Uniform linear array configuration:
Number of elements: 12
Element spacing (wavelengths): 0.5
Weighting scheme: cosine
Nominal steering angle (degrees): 15
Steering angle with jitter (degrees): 13.517
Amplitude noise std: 0.05
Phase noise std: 0.05

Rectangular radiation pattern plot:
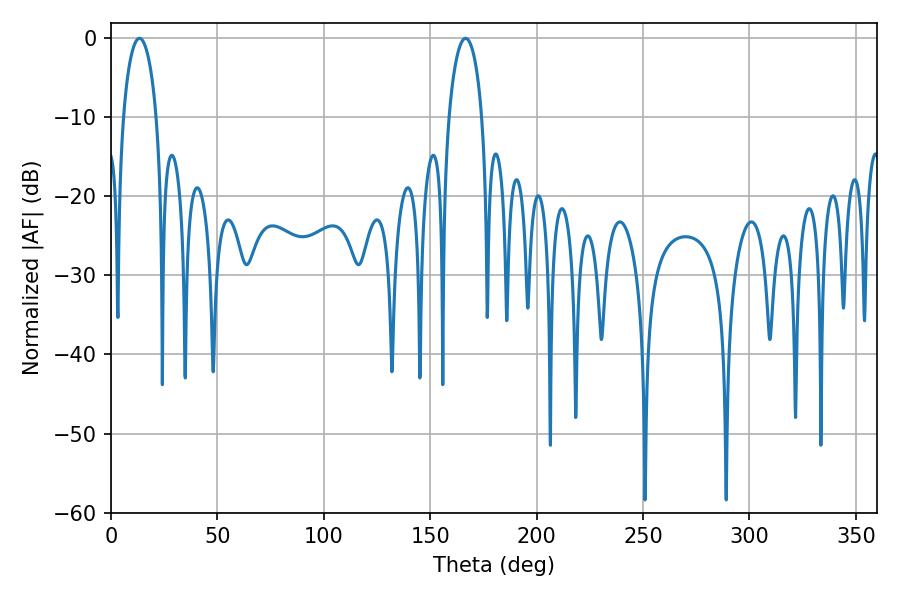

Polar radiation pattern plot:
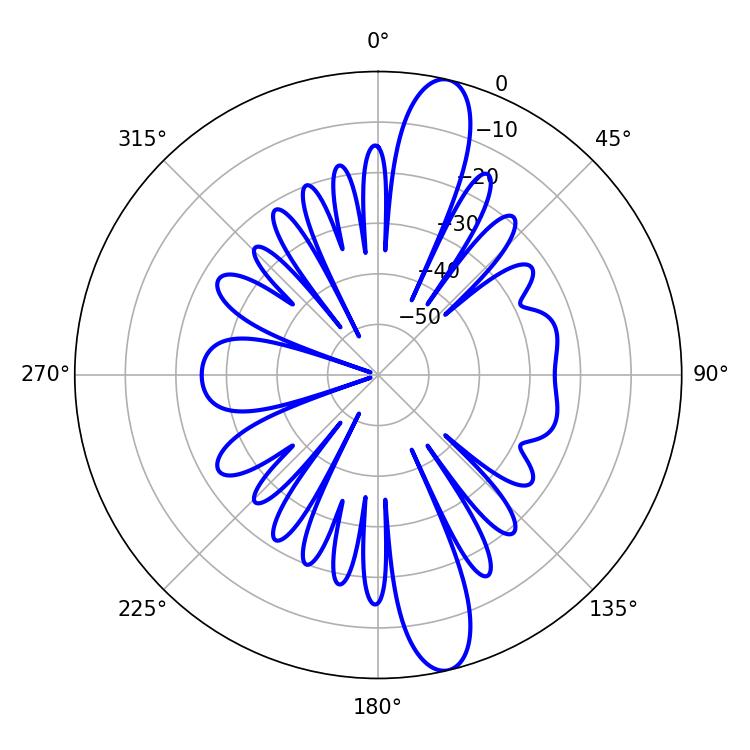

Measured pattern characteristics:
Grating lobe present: FALSE
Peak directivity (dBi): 14.012
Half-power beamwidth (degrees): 8.82
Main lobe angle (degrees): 13.32